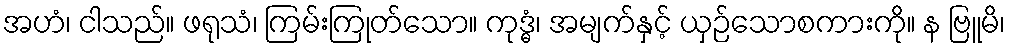
အဟံ၊ ငါသည်။ ဖရုသံ၊ ကြမ်းကြုတ်သော။ ကုဒ္ဓံ၊ အမျက်နှင့် ယှဉ်သောစကားကို။ န ဗြူမိ၊